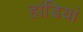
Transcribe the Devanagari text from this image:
हांडियां